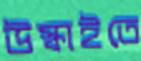
উস্‌কাইতে